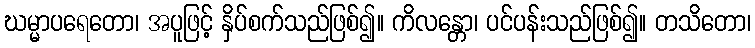
ဃမ္မာပရေတော၊ အပူဖြင့် နှိပ်စက်သည်ဖြစ်၍။ ကိလန္တော၊ ပင်ပန်းသည်ဖြစ်၍။ တသိတော၊